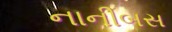
નાનીબસ